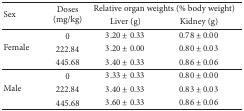
<table><thead><tr><td rowspan="2"><b>Sex</b></td><td rowspan="2"><b>Doses (mg/kg)</b></td><td colspan="2"><b> Relative organ weights (% body weight)</b></td></tr><tr><td><b>Liver (g)</b></td><td><b>Kidney (g)</b></td></tr></thead><tbody><tr><td rowspan="3">Female</td><td>0</td><td>3.20 ± 0.33</td><td>0.78 ± 0.00</td></tr><tr><td>222.84</td><td>3.20 ± 0.00</td><td>0.80 ± 0.03</td></tr><tr><td>445.68</td><td>3.40 ± 0.33</td><td>0.86 ± 0.06</td></tr><tr><td rowspan="3">Male</td><td>0</td><td>3.33 ± 0.33</td><td>0.80 ± 0.00</td></tr><tr><td>222.84</td><td>3.40 ± 0.33</td><td>0.83 ± 0.03</td></tr><tr><td>445.68</td><td>3.60 ± 0.33</td><td>0.86 ± 0.06</td></tr></tbody></table>